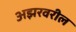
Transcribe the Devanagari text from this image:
अझरवरील